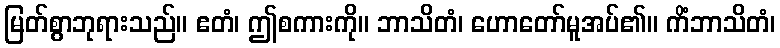
မြတ်စွာဘုရားသည်။ ဧတံ၊ ဤစကားကို။ ဘာသိတံ၊ ဟောတော်မူအပ်၏။ ကိံဘာသိတံ၊